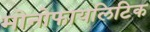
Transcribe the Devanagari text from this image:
मोनोफायलिटिक